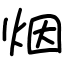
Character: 烟